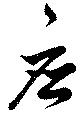
応